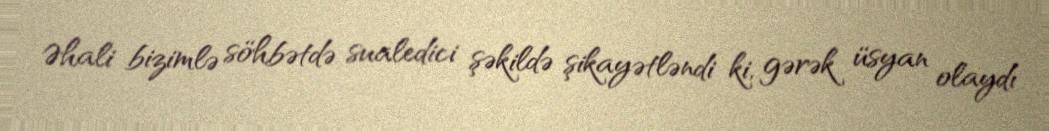
Əhali bizimlə söhbətdə sualedici şəkildə şikayətləndi ki, gərək üsyan olaydı